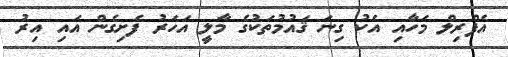
އެޕްރިލް މަހާއި އެކު ގިނަ ޤައުމުތަކުގެ މާލީ އަހަރު ފެށިގެން އައި އިރު